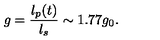
g = \frac { l _ { p } ( t ) } { l _ { s } } \sim 1 . 7 7 g _ { 0 } .